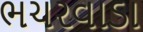
ભચરવાડા